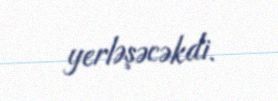
yerləşəcəkdi.